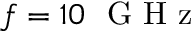
f = 1 0 ~ \mathrm { ~ G ~ H ~ z ~ }